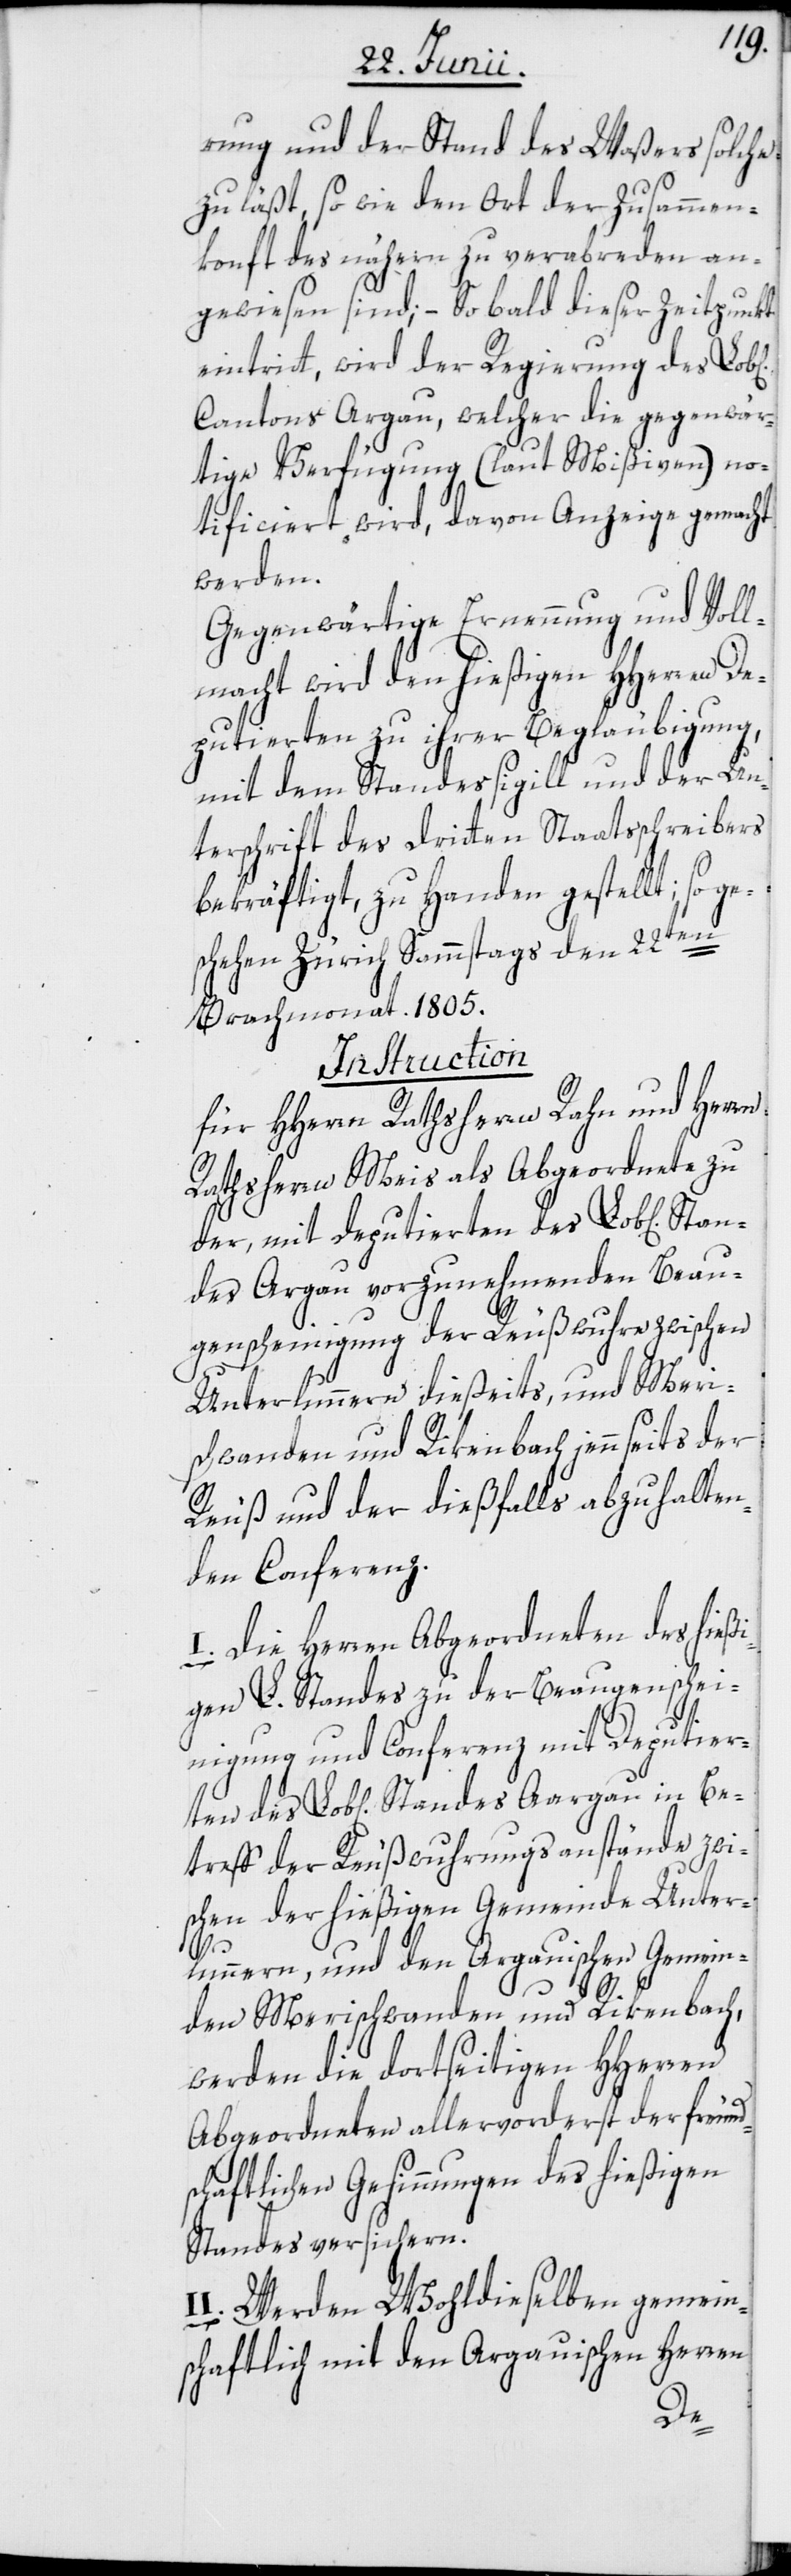
rung und der Stand des Waßers solche
zu läßt, so wie den Ort der Zusammen¬
konft des nähern zu verabreden an¬
gewiesen sind; – So bald dieser Zeitpunkt
eintritt, wird der Regierung des Lob[l¬
Cantons Argau, welcher die gegenwär¬
tige Verfügung (laut Mißiven) no¬
tificiert wird, davon Anzeige gemacht
werden.
Gegenwärtige Ernennung und Voll¬
macht wird den hießigen HHerren De¬
putierten zu ihrer Begläubigung,
mit dem Standessigill und der Un¬
terschrift des Dritten Staatsschreibers
bekräftigt, zu Handen gestellt; so
schehen Zürich Sammstags den 22ten
Brachmonat 1805.
Instruction
für HHerrn Rathsherrn Rahn und Herrn
Rathsherrn Meis als Abgeordnete zu
der, mit Deputierten des Lob[lichen]
ndes Argau vorzunehmenden Beau¬
genscheinigung der Reußwuhre zwischen
Unterlunnern dießeits, und Meri¬
schwanden und Rikenbach jennseits der
Reuß und der dießfalls abzuhalten¬
den Conferenz.
I. Die Herren Abgeordneten des hieß¬
igen L. Standes zu der Beaugensche¬
inigung und Conferenz mit Deputierten
treff der Reußwuhrungsanstände zwi¬
schen der hießigen Gemeinde Unter¬
Sta¬
lunnern, und den Argauischen Gemein¬
den Merischwanden und Rikenbach,
werden die dortseitigen HHerren
Abgeordneten allervorderst der freund¬
schaftlichen Gesinnungen des hießigen
Standes versichern.
II. Werden Wohldieselben gemein¬
schaftlich mit den Argauischen Herren
Be¬